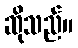
ဆိုသည်။